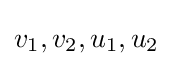
v_{1},v_{2},u_{1},u_{2}